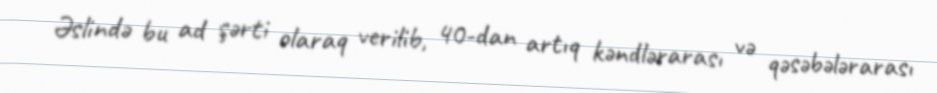
Əslində bu ad şərti olaraq verilib, 40-dan artıq kəndlərarası və qəsəbələrarası